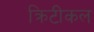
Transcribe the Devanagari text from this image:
क्रिटीकल